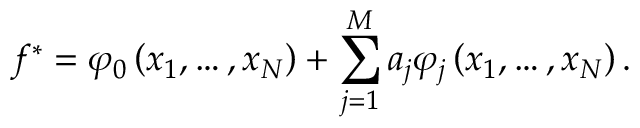
f ^ { * } = \varphi _ { 0 } \left( x _ { 1 } , \ldots , x _ { N } \right) + \sum _ { j = 1 } ^ { M } a _ { j } \varphi _ { j } \left( x _ { 1 } , \ldots , x _ { N } \right) .